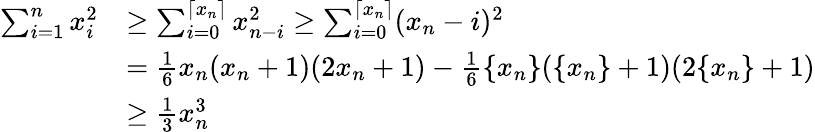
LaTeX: \begin{array}{rl}{\sum_{i=1}^{n}x_{i}^{2}}&{\ge\sum_{i=0}^{\lceil x_{n}\rceil}x_{n-i}^{2}\ge\sum_{i=0}^{\lceil x_{n}\rceil}(x_{n}-i)^{2}}\\ &{=\frac 16x_{n}(x_{n}+1)(2x_{n}+1)-\frac 16\{ x_{n}\} (\{ x_{n}\} +1)(2\{ x_{n}\} +1)}\\ &{\ge\frac 13x_{n}^{3}}\end{array}